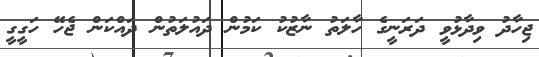
ޖިހާދު ވިދާޅުވީ ދަރަނީގެ ހާލަތު ނާޒުކު ކަމުން ދައުލަތުން ދައްކަން ޖެހޭ ހަގީގީ